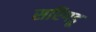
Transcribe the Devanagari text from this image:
सरिगडू